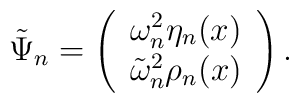
\tilde{\Psi}_{n}=\left(\begin{array}{cc}\omega_n^2\eta_n(x) \\\tilde{\omega}_n^2 \rho_n(x)\end{array}\right).